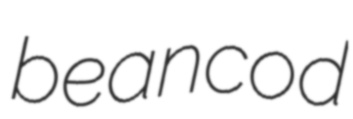
beancod